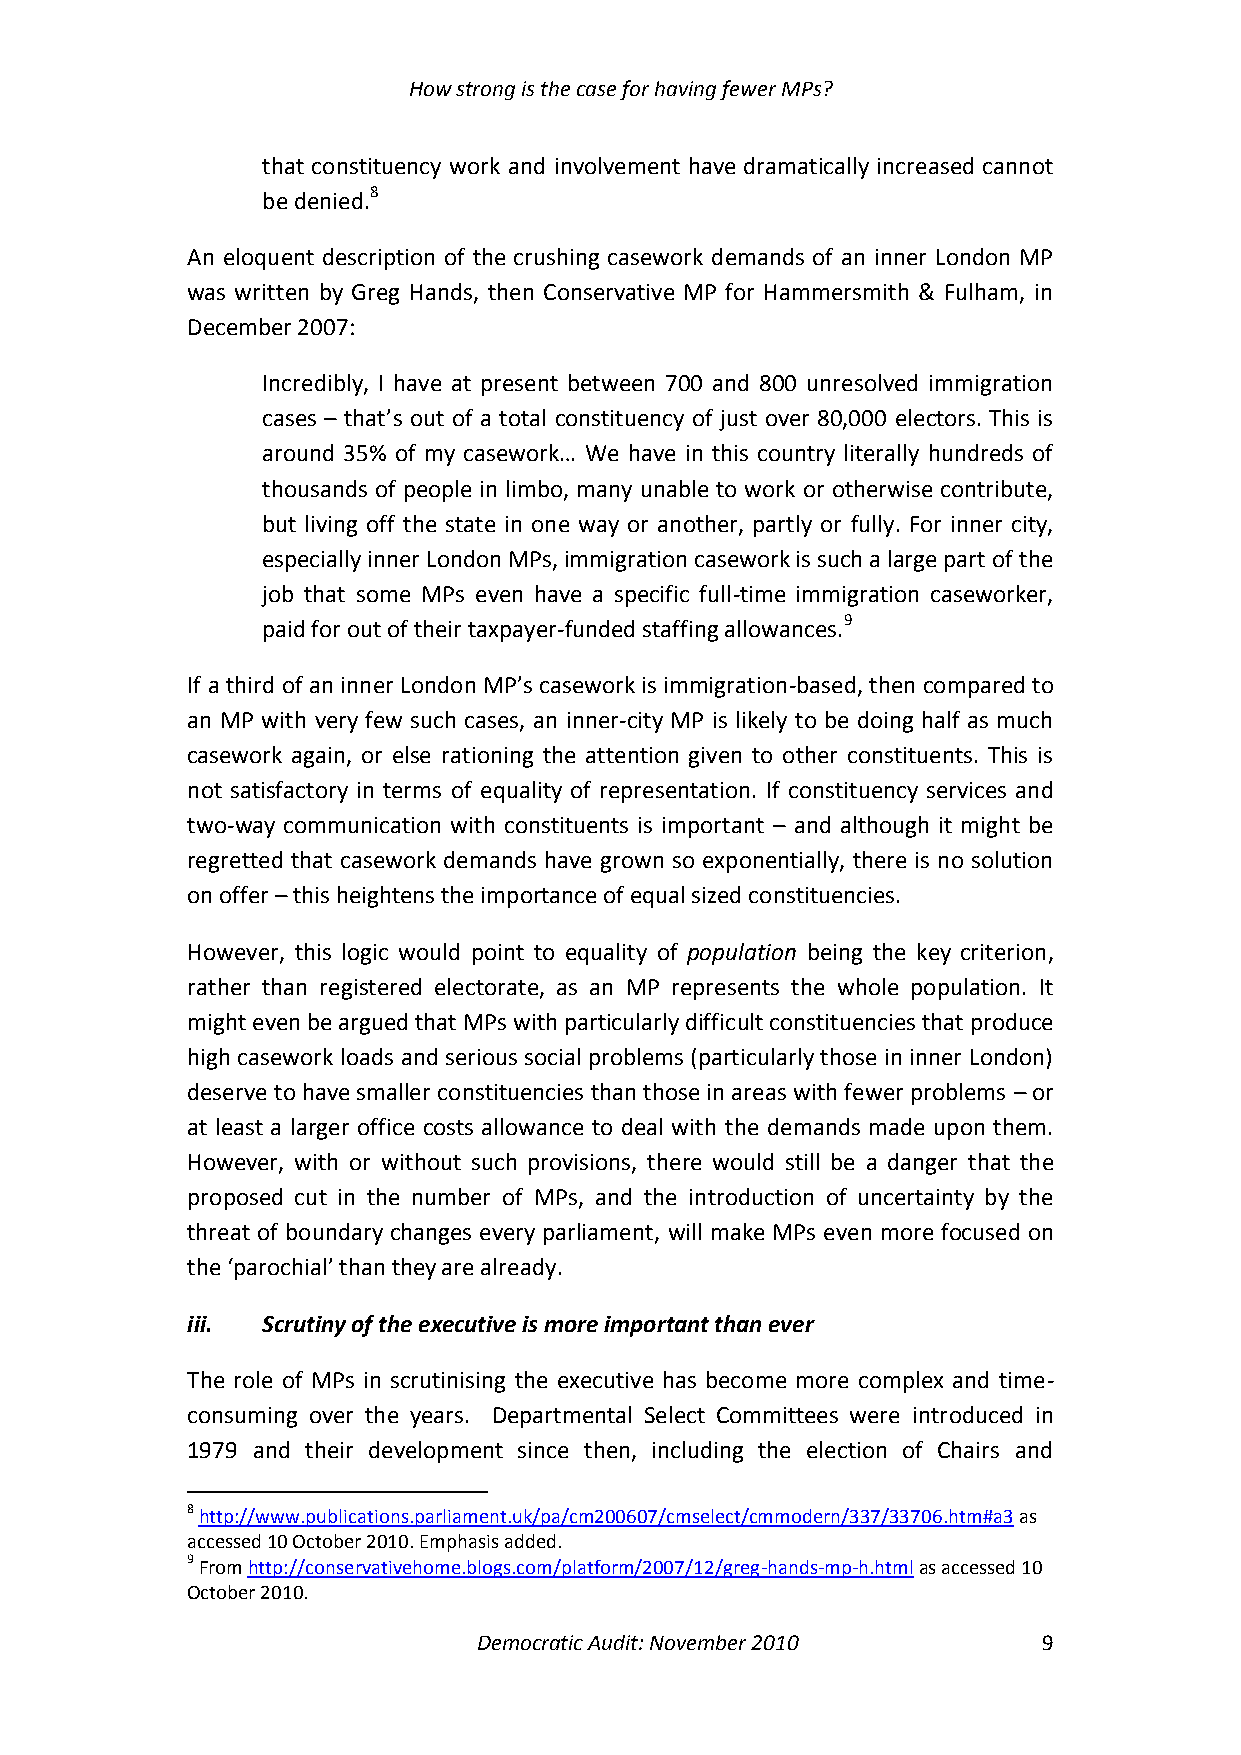
How strong is the case for having fewer MPs?
 that constituency work and involvement have dramatically increased cannot
 be denied.8
 An eloquent description of the crushing casework demands of an inner London MP
 was written by Greg Hands, then Conservative MP for Hammersmith & Fulham, in
 December 2007:
 Incredibly, I have at present between 700 and 800 unresolved immigration
 cases – that’s out of a total constituency of just over 80,000 electors. This is
 around 35% of my casework… We have in this country literally hundreds of
 thousands of people in limbo, many unable to work or otherwise contribute,
 but living off the state in one way or another, partly or fully. For inner city,
 especially inner London MPs, immigration casework is such a large part of the
 job that some MPs even have a specific full-time immigration caseworker,
 paid for out of their taxpayer-funded staffing allowances.9
 If a third of an inner London MP’s casework is immigration-based, then compared to
 an MP with very few such cases, an inner-city MP is likely to be doing half as much
 casework again, or else rationing the attention given to other constituents. This is
 not satisfactory in terms of equality of representation. If constituency services and
 two-way communication with constituents is important – and although it might be
 regretted that casework demands have grown so exponentially, there is no solution
 on offer – this heightens the importance of equal sized constituencies.
 However, this logic would point to equality of population being the key criterion,
 rather than registered electorate, as an MP represents the whole population. It
 might even be argued that MPs with particularly difficult constituencies that produce
 high casework loads and serious social problems (particularly those in inner London)
 deserve to have smaller constituencies than those in areas with fewer problems – or
 at least a larger office costs allowance to deal with the demands made upon them.
 However, with or without such provisions, there would still be a danger that the
 proposed cut in the number of MPs, and the introduction of uncertainty by the
 threat of boundary changes every parliament, will make MPs even more focused on
 the ‘parochial’ than they are already.
 iii. Scrutiny of the executive is more important than ever
 The role of MPs in scrutinising the executive has become more complex and time-
 consuming over the years. Departmental Select Committees were introduced in
 1979 and their development since then, including the election of Chairs and
 8 http://www.publications.parliament.uk/pa/cm200607/cmselect/cmmodern/337/33706.htm#a3 as
 accessed 10 October 2010. Emphasis added.
 9 From http://conservativehome.blogs.com/platform/2007/12/greg-hands-mp-h.html as accessed 10
 October 2010.
 Democratic Audit: November 2010      9